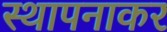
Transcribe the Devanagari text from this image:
स्थापनाकर